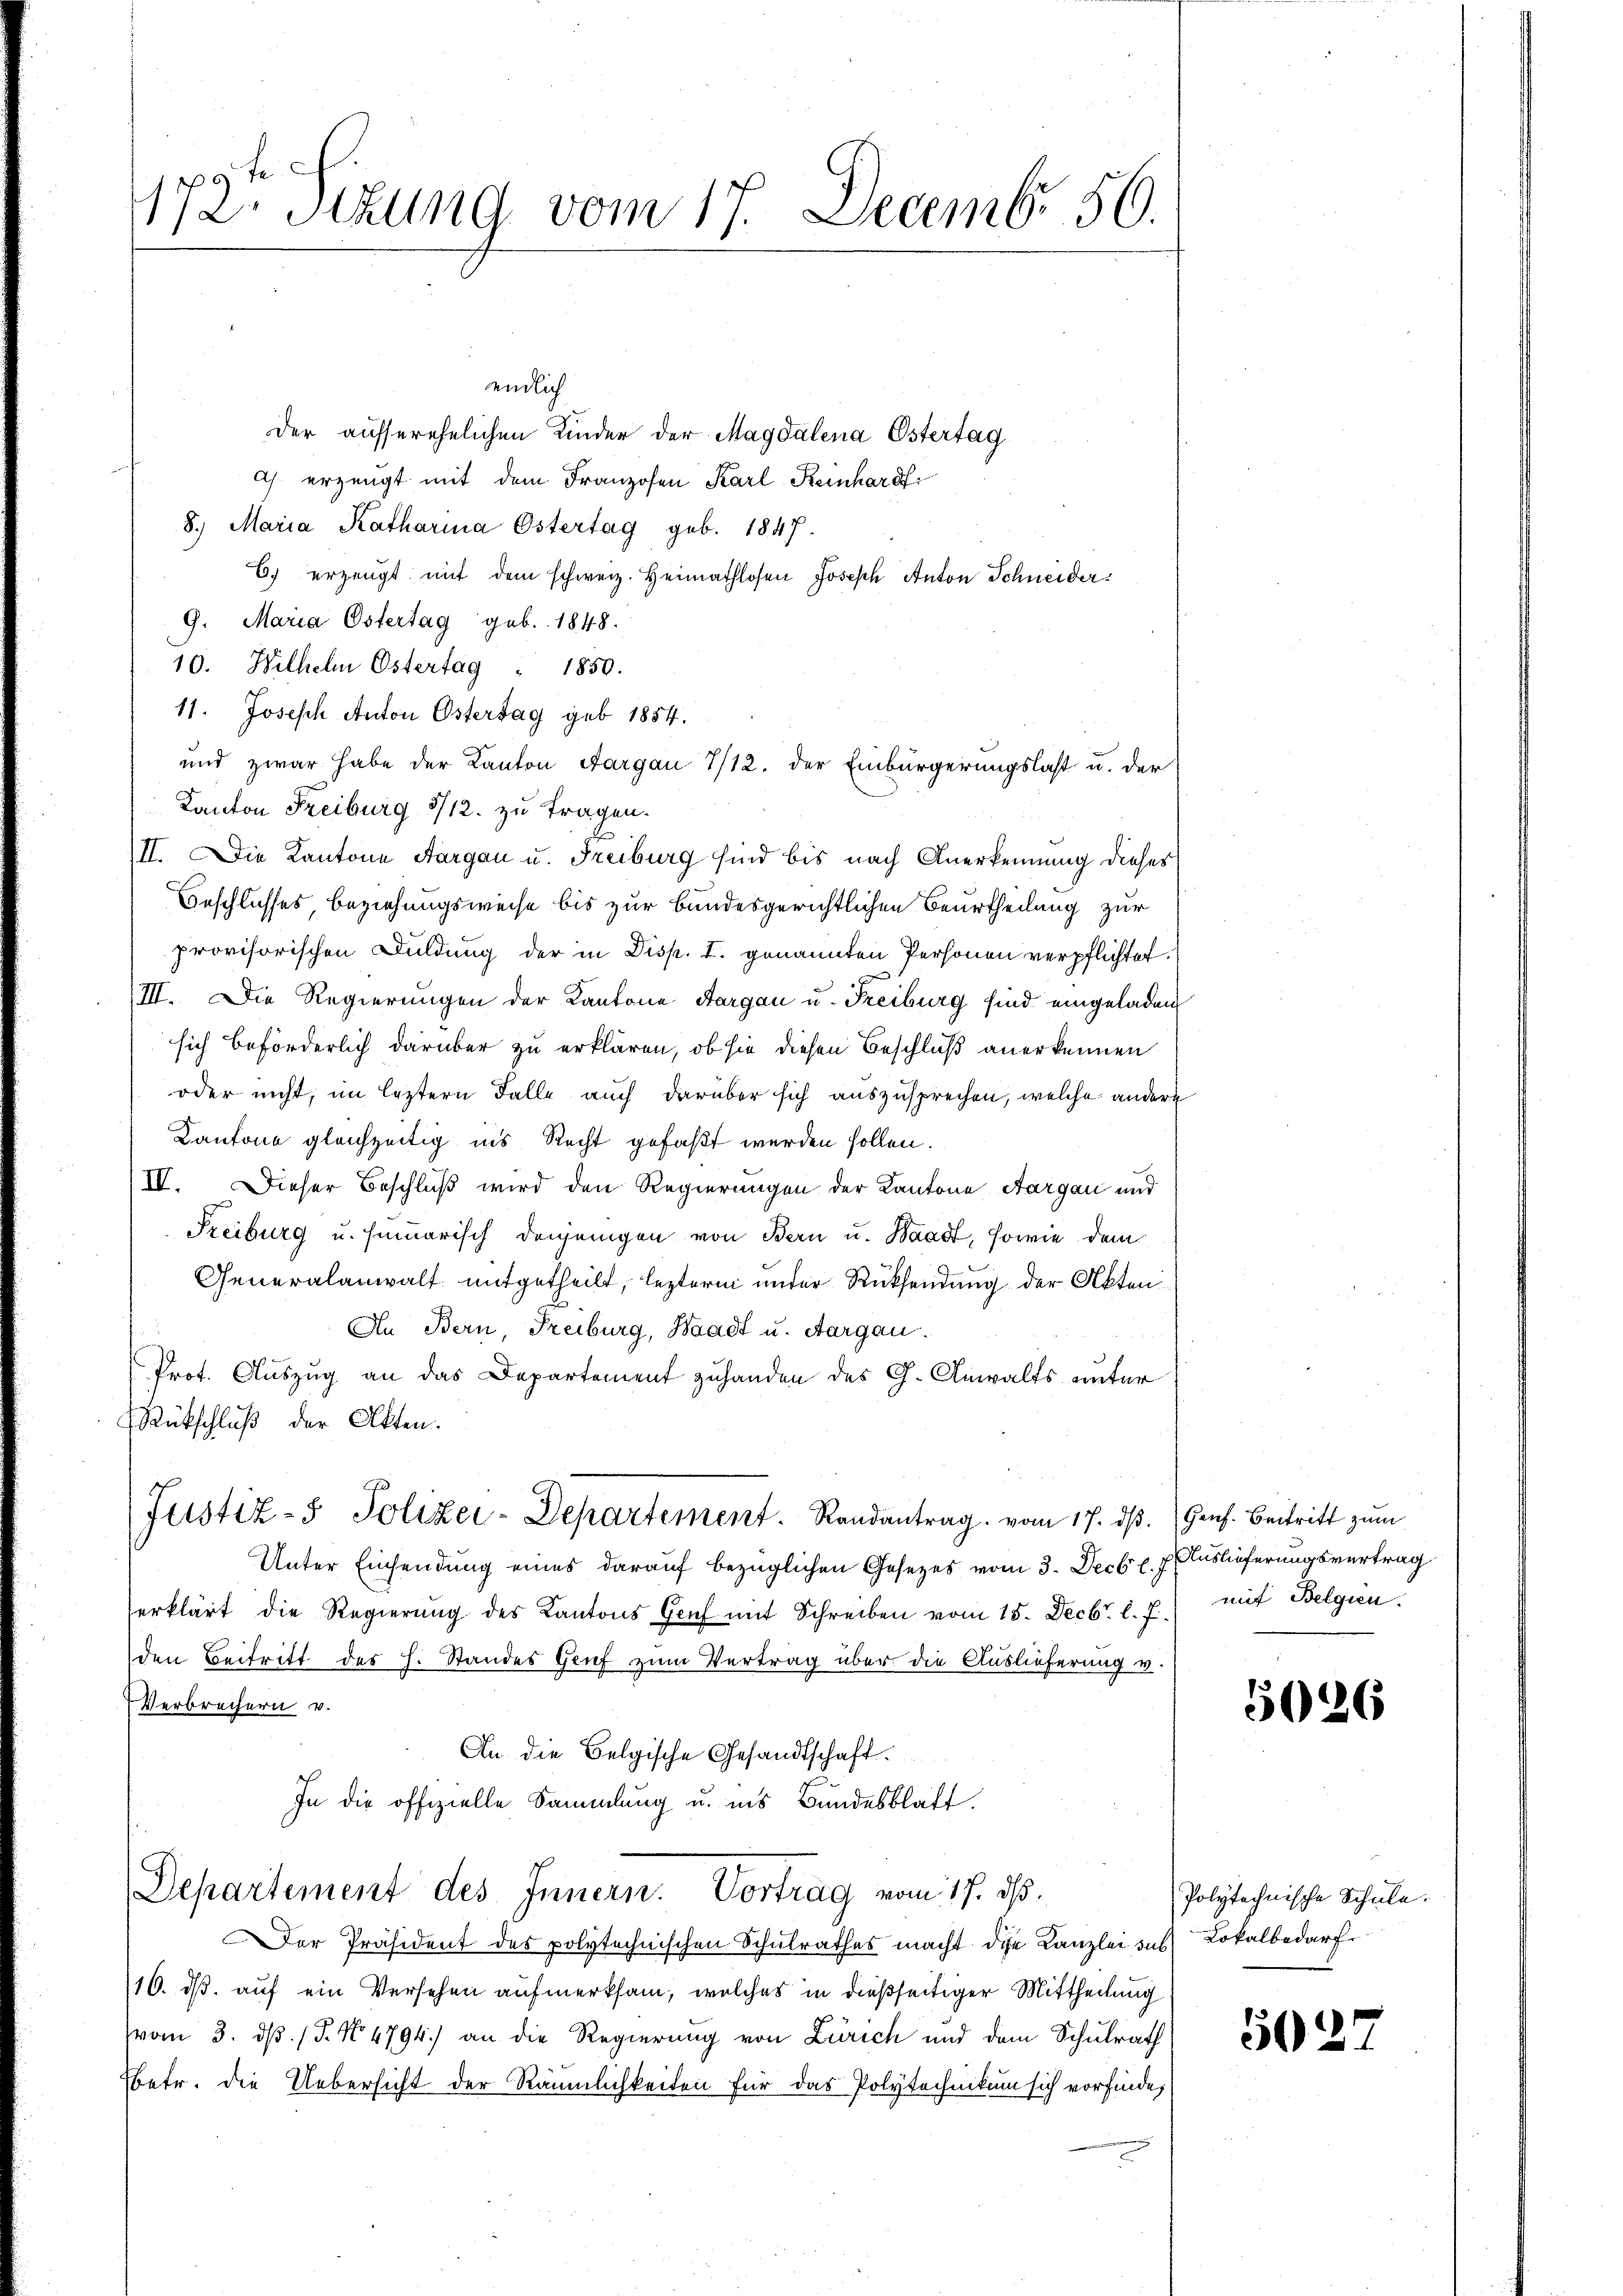
172. Sizung vom 17. Decemb. 50.

endlich
Der ausserehelichen Kinder der Magdalena Ostertag
ch erzeugt mit dem Franzosen Karl Reinhard
8. Maria Katharina Östertag geb. 1847.
6) erzeugt, mit dem schweiz. Heimathlosen Joseph Anton Schneider¬
9. Maria Östertag geb. 1848.
10. Wilhelm Ostertag " 1850.
11. Joseph Anton Ostersag geb. 1854.
und zwar habe der Kanton Aargau 7/12. der Einbürgerungslast u. der
Kanton Freiburg 1/12. zu tragen.
II. Die Kantone Aargau u. Freiburg sind bis nach Anerkennung dieses
Beschlusses Beziehungsweise bis zur bundesgerichtlichen Beurtheilung zur
provisorischen Duldung der in Disp. I. genannten Personen verpflichtet.
III. Die Regierungen der Kantone Aargau u. Freiburg sind eingeladen
sich beförderlich darüber zu erklären, ob sie diesen Beschluß anerkennen
oder nicht, im leztern Falle auch darüber sich auszusprechen, welche andere
Kantone gleichzeitig ins Recht gefaßt werden sollen.
IV. Dieser Beschluß wird den Regierungen der Kantone Aargau und
Freiburg u. hinuarisch denjenigen von Bern u. Waadt, sowie dem
Generalanwalt mitgetheilt, leztern unter Rücksendung der Akten
An Bern, Freiburg, Waadt u. Aargau.
Prot. Auszug an das Departement zuhanden des G. Anwalts unter
Rückschluß der Akten.
Justiz- Polizei-Departement. Randantrag vom 17. dβ. Genf. Beitritt zum
Unter Einsendung eines darauf bezüglichen Gesetzes vom 3. Decbr. f. Auslieferungsvertrag
erklärt die Regierung des Kantons Genf mit Schreiben vom 15. Decbr. l. f.) mit Belgien
den Beitritt des H. Standes Grief zum Vertrag über die Auslieferung u.
Verbrechern v.
An die Belgische Gesandtschaft.
In die offizielle Sammlung u. ins Bundesblatt.
Departement des Innern. Vortrag vom 17. ds.
Der Präsident des polytechnischen Schulrathes macht die Kanzlei das Lokalbedarf
16. ds. auf ein Versehen aufmerksam, welches in dießseitiger Mittheilung
vom 3. ds. (T. No 4794) an die Regierung von Zürich und dem Schulrath
Betr. die Uebersicht der Räumlichkeiten für das Polytechnikum sich vorfinde,

526

Polytechnische Schule.

502.